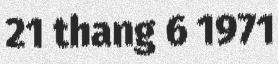
21 thang 6 1971